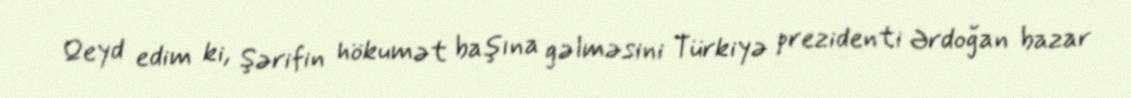
Qeyd edim ki, Şərifin hökumət başına gəlməsini Türkiyə prezidenti Ərdoğan bazar